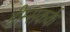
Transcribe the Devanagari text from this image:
हीम्सकर्क